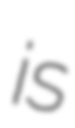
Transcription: is